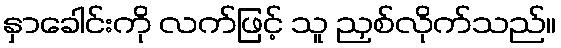
နှာခေါင်းကို လက်ဖြင့် သူ ညှစ်လိုက်သည်။